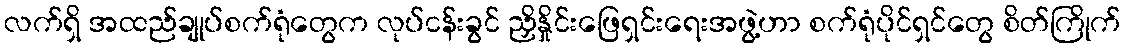
လက်ရှိ အထည်ချုပ်စက်ရုံတွေက လုပ်ငန်းခွင် ညှိနှိုင်းဖြေရှင်းရေးအဖွဲ့ဟာ စက်ရုံပိုင်ရှင်တွေ စိတ်ကြိုက်